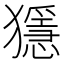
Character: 𤢦